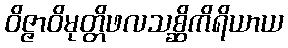
ဝိဇ္ဇာဝိမုတ္တိဖလသစ္ဆိကိရိယာယ